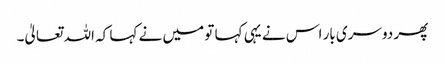
پھر دوسری بار اس نے یہی کہا تو میں نے کہا کہ اللہ تعالیٰ۔